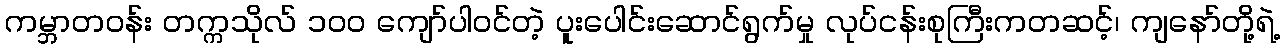
ကမ္ဘာတဝန်း တက္ကသိုလ် ၁၀၀ ကျော်ပါဝင်တဲ့ ပူးပေါင်းဆောင်ရွက်မှု လုပ်ငန်းစုကြီးကတဆင့်၊ ကျနော်တို့ရဲ့